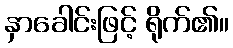
နှာခေါင်းဖြင့် ရိုက်၏။